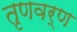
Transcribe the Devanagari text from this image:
तृणवर्ण